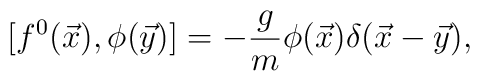
[f^{0}(\vec{x}),\phi(\vec{y})]=-\frac{g}{m}\phi(\vec{x})\delta(\vec{x}-\vec{y}),